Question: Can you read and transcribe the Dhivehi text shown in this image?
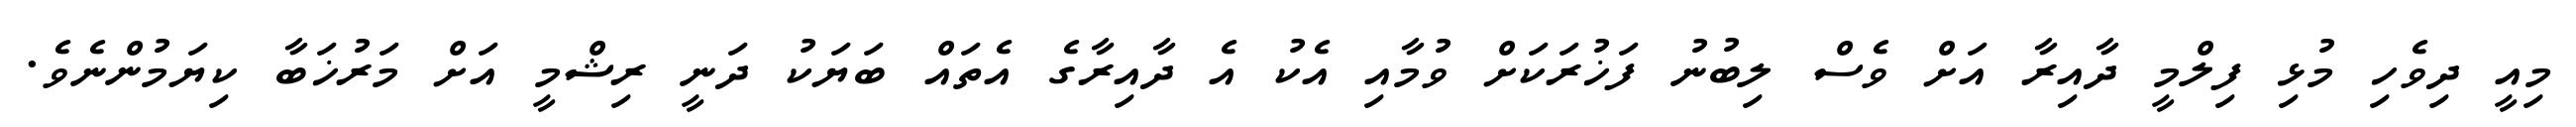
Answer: މިއީ ދިވެހި މުޅި ފިލްމީ ދާއިރާ އަށް ވެސް ލިބުނު ފަޚުރަކަށް ވުމާއި އެކު އެ ދާއިރާގެ އެތައް ބަޔަކު ދަނީ ރިޝްމީ އަށް މަރުޚަބާ ކިޔަމުންނެވެ.